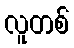
လူတစ်